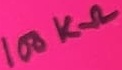
Text: 100KΩ